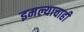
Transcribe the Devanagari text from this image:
इमल्याचाही